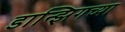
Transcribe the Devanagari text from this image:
डान्झिगच्या